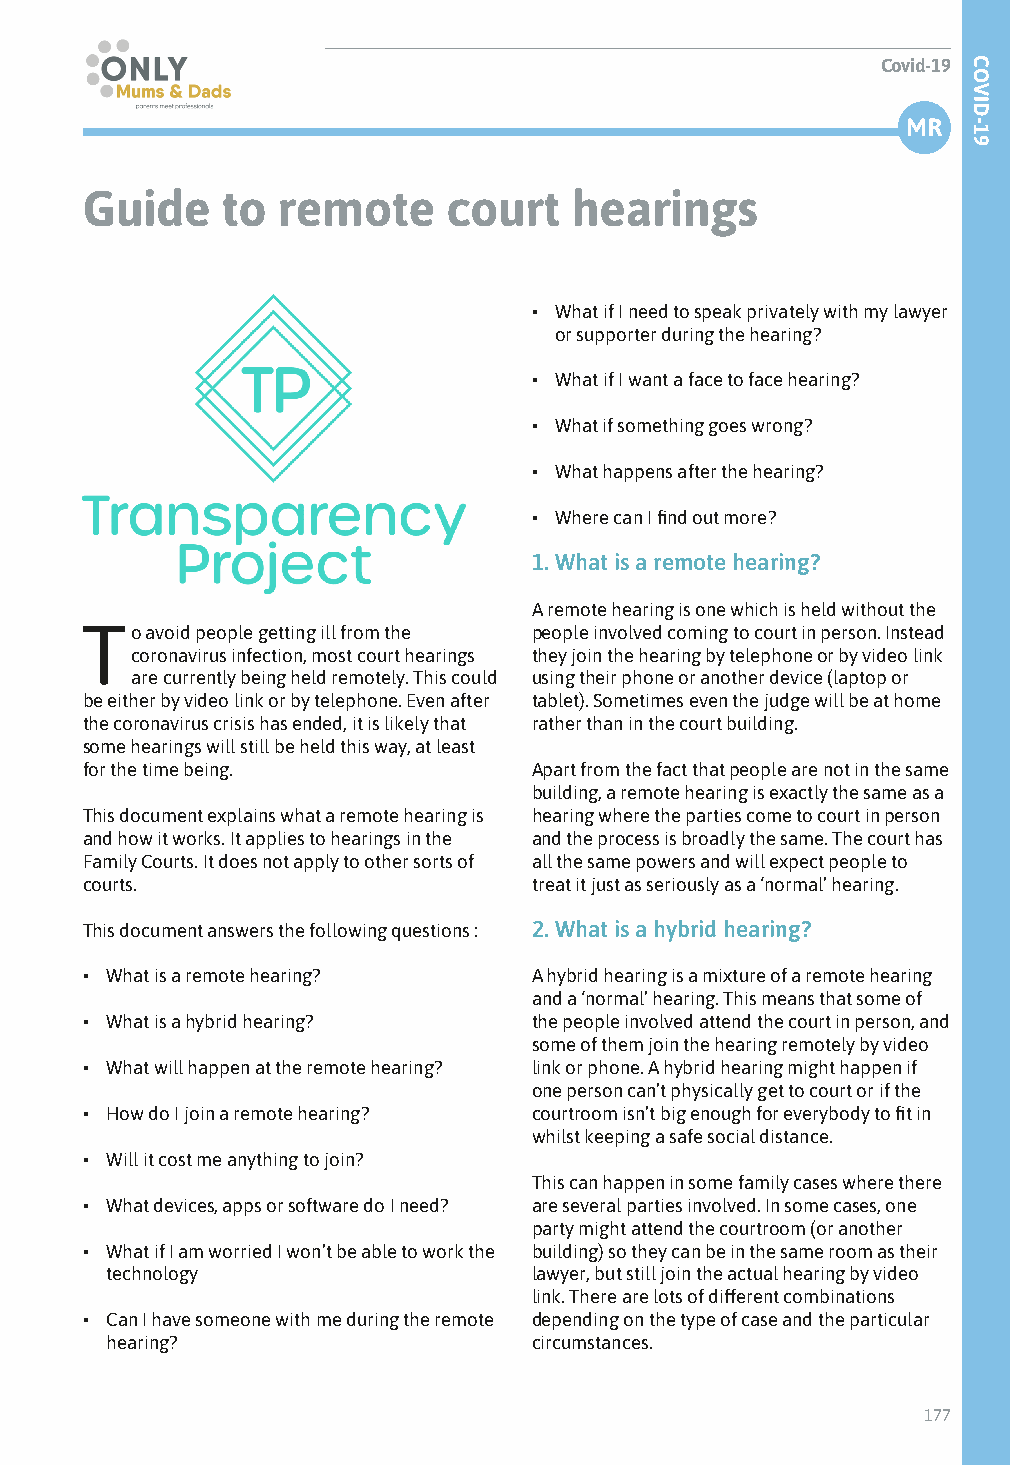
Covid-19
 MR
 Guide     to remote      court   hearings
 • What if I need to speak privately with my lawyer
 or supporter during the hearing?
 • What if I want a face to face hearing?
 • What if something goes wrong?
 • What happens after the hearing?
 • Where can I find out more?
 1. What is a remote hearing?
 A remote hearing is one which is held without the
 To   avoid people getting ill from the people involved coming to court in person. Instead
 coronavirus infection, most court hearings they join the hearing by telephone or by video link
 are currently being held remotely. This could using their phone or another device (laptop or
 be either by video link or by telephone. Even after tablet). Sometimes even the judge will be at home
 the coronavirus crisis has ended, it is likely that rather than in the court building.
 some hearings will still be held this way, at least
 for the time being.           Apart from the fact that people are not in the same
 building, a remote hearing is exactly the same as a
 This document explains what a remote hearing is hearing where the parties come to court in person
 and how it works. It applies to hearings in the and the process is broadly the same. The court has
 Family Courts. It does not apply to other sorts of all the same powers and will expect people to
 courts.                       treat it just as seriously as a ‘normal’ hearing.
 This document answers the following questions : 2. What is a hybrid hearing?
 • What is a remote hearing?   A hybrid hearing is a mixture of a remote hearing
 and a ‘normal’ hearing. This means that some of
 • What is a hybrid hearing?   the people involved attend the court in person, and
 some of them join the hearing remotely by video
 • What will happen at the remote hearing? link or phone. A hybrid hearing might happen if
 one person can’t physically get to court or if the
 • How do I join a remote hearing? courtroom isn’t big enough for everybody to fit in
 whilst keeping a safe social distance.
 • Will it cost me anything to join?
 This can happen in some family cases where there
 • What devices, apps or software do I need? are several parties involved. In some cases, one
 party might attend the courtroom (or another
 • What if I am worried I won’t be able to work the building) so they can be in the same room as their
 technology                  lawyer, but still join the actual hearing by video
 link. There are lots of different combinations
 • Can I have someone with me during the remote depending on the type of case and the particular
 hearing?                    circumstances.
 177
 COVID-19